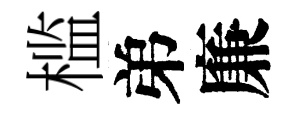
槛弟廉